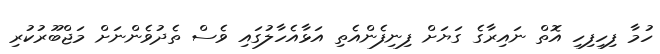
ހުމާ ފިހިފިހި އޮތް ނައިރާގެ ގަޔަށް ފިނިފެންއެތި އަޅާއެހާލުގައި ވެސް ތެދުވެންނަށް މަޖްބޫރުކުރި